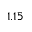
1 . 1 5